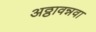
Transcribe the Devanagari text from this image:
अठ्ठावन्नवा